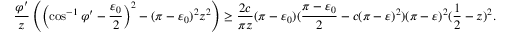
\frac { \varphi ^ { \prime } } { z } \left( \left( \cos ^ { - 1 } \varphi ^ { \prime } - \frac { \varepsilon _ { 0 } } { 2 } \right) ^ { 2 } - ( \pi - \varepsilon _ { 0 } ) ^ { 2 } z ^ { 2 } \right) \geq \frac { 2 c } { \pi z } ( \pi - \varepsilon _ { 0 } ) ( \frac { \pi - \varepsilon _ { 0 } } { 2 } - c ( \pi - \varepsilon ) ^ { 2 } ) ( \pi - \varepsilon ) ^ { 2 } ( \frac { 1 } { 2 } - z ) ^ { 2 } .